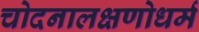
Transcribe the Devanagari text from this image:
चोदनालक्षणोधर्म